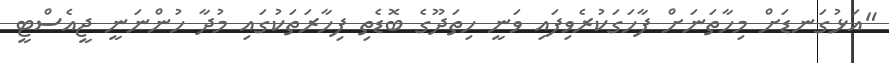
"އަޅުގަނޑަށް މިހާތަނަށް ފާހަގަކުރެވިފައި ވަނީ ހިތަދޫގެ ބޮޑެތި ފިހާރަތަކުގައި މުދާ ހުންނަނީ ޖީއެސްޓީ